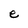
Character: e